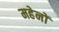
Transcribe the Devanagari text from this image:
महेनों